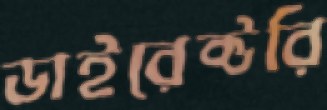
ডাইরেক্টরি